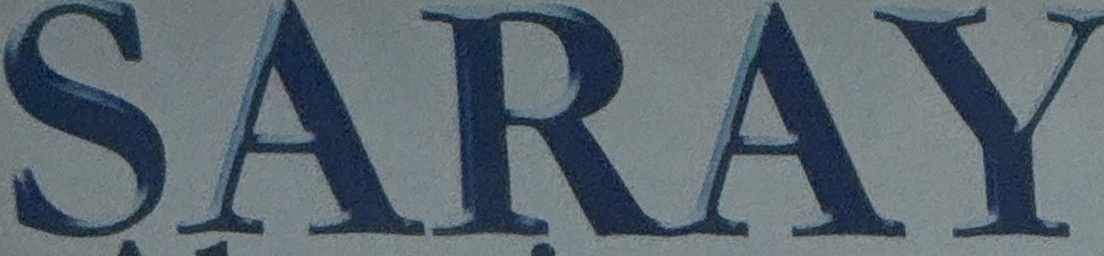
SARAY